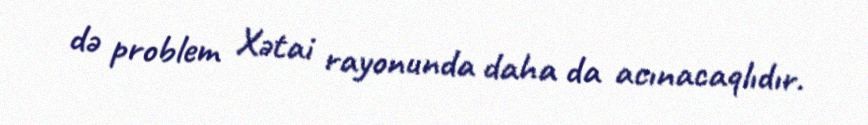
də problem Xətai rayonunda daha da acınacaqlıdır.